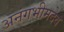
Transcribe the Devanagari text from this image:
अनंगभीमदेव